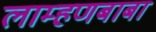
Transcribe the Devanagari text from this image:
लाम्हणबाबा